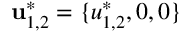
\mathbf { u } _ { 1 , 2 } ^ { * } = \{ u _ { 1 , 2 } ^ { * } , 0 , 0 \}